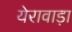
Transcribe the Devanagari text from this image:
येरावाड़ा